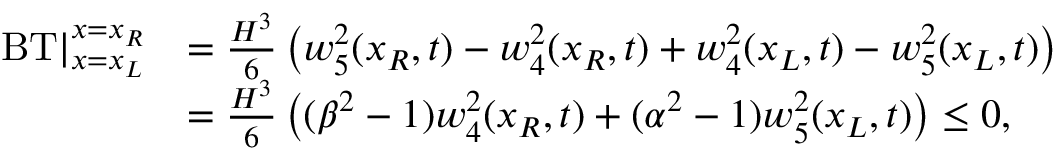
\begin{array} { r l } { \left. \operatorname { B T } \right| _ { x = x _ { L } } ^ { x = x _ { R } } } & { = \frac { H ^ { 3 } } { 6 } \left( { w } _ { 5 } ^ { 2 } ( x _ { R } , t ) - { w } _ { 4 } ^ { 2 } ( x _ { R } , t ) + { w } _ { 4 } ^ { 2 } ( x _ { L } , t ) - { w } _ { 5 } ^ { 2 } ( x _ { L } , t ) \right) } \\ & { = \frac { H ^ { 3 } } { 6 } \left( ( \beta ^ { 2 } - 1 ) { w } _ { 4 } ^ { 2 } ( x _ { R } , t ) + ( \alpha ^ { 2 } - 1 ) { w } _ { 5 } ^ { 2 } ( x _ { L } , t ) \right) \leq 0 , } \end{array}